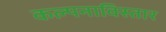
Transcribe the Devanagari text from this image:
कल्पनाविस्तार